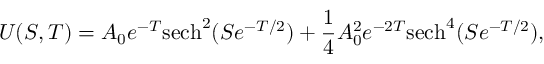
U ( S , T ) = A _ { 0 } e ^ { - T } \mathrm { s e c h } ^ { 2 } ( S e ^ { - T / 2 } ) + \frac { 1 } { 4 } A _ { 0 } ^ { 2 } e ^ { - 2 T } \mathrm { s e c h } ^ { 4 } ( S e ^ { - T / 2 } ) ,